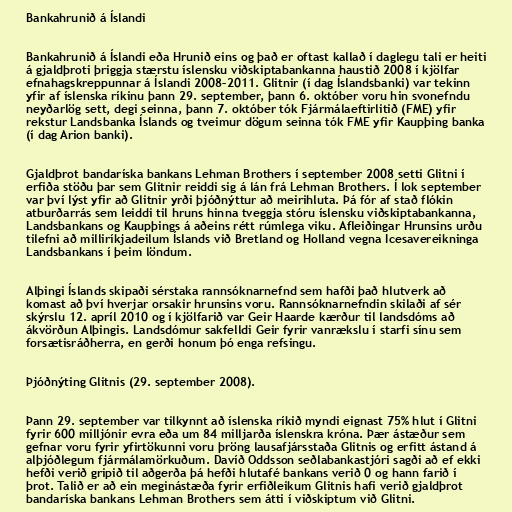
Bankahrunið á Íslandi

Bankahrunið á Íslandi eða Hrunið eins og það er oftast kallað í daglegu tali er heiti
á gjaldþroti þriggja stærstu íslensku viðskiptabankanna haustið 2008 í kjölfar
efnahagskreppunnar á Íslandi 2008–2011. Glitnir (í dag Íslandsbanki) var tekinn
yfir af íslenska ríkinu þann 29. september, þann 6. október voru hin svonefndu
neyðarlög sett, degi seinna, þann 7. október tók Fjármálaeftirlitið (FME) yfir
rekstur Landsbanka Íslands og tveimur dögum seinna tók FME yfir Kaupþing banka
(í dag Arion banki).

Gjaldþrot bandaríska bankans Lehman Brothers í september 2008 setti Glitni í
erfiða stöðu þar sem Glitnir reiddi sig á lán frá Lehman Brothers. Í lok september
var því lýst yfir að Glitnir yrði þjóðnýttur að meirihluta. Þá fór af stað flókin
atburðarrás sem leiddi til hruns hinna tveggja stóru íslensku viðskiptabankanna,
Landsbankans og Kaupþings á aðeins rétt rúmlega viku. Afleiðingar Hrunsins urðu
tilefni að milliríkjadeilum Íslands við Bretland og Holland vegna Icesavereikninga
Landsbankans í þeim löndum.

Alþingi Íslands skipaði sérstaka rannsóknarnefnd sem hafði það hlutverk að
komast að því hverjar orsakir hrunsins voru. Rannsóknarnefndin skilaði af sér
skýrslu 12. apríl 2010 og í kjölfarið var Geir Haarde kærður til landsdóms að
ákvörðun Alþingis. Landsdómur sakfelldi Geir fyrir vanrækslu í starfi sínu sem
forsætisráðherra, en gerði honum þó enga refsingu.

Þjóðnýting Glitnis (29. september 2008).

Þann 29. september var tilkynnt að íslenska ríkið myndi eignast 75% hlut í Glitni
fyrir 600 milljónir evra eða um 84 milljarða íslenskra króna. Þær ástæður sem
gefnar voru fyrir yfirtökunni voru þröng lausafjársstaða Glitnis og erfitt ástand á
alþjóðlegum fjármálamörkuðum. Davíð Oddsson seðlabankastjóri sagði að ef ekki
hefði verið gripið til aðgerða þá hefði hlutafé bankans verið 0 og hann farið í
þrot. Talið er að ein meginástæða fyrir erfiðleikum Glitnis hafi verið gjaldþrot
bandaríska bankans Lehman Brothers sem átti í viðskiptum við Glitni.